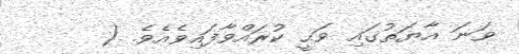
ވަނަ އާޔަތުގައި ވަޙީ ކުރައްވާފައިވެއެވެ. (